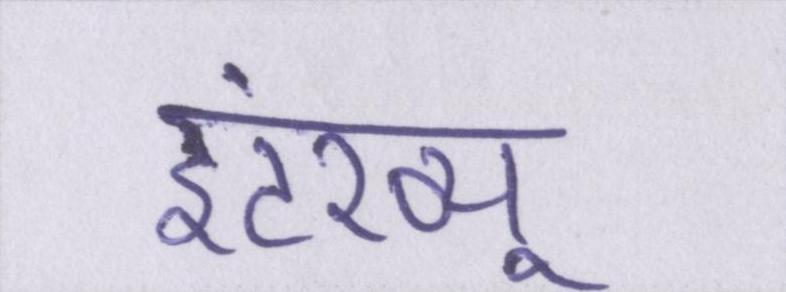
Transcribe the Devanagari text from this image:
इंटरव्यू